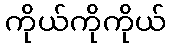
ကိုယ်ကိုကိုယ်